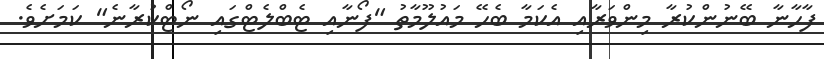
ފާހާނާ ބޭނުންކުރާ މިންވަރާއި އެކަމާ ބެހޭ މައުލޫމާތު "ފޯނާއި ޓެބްލެޓްގައި ނޯޓްކުރާނެ" ކަމަށެވެ.